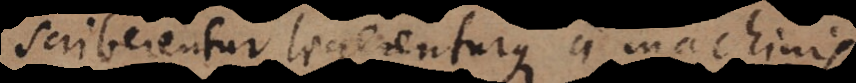
scriberentur legerenturque a machinis